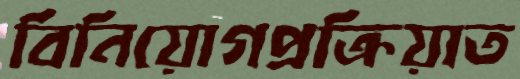
বিনিয়োগপ্রক্রিয়াত